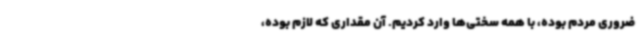
ضروری مردم بوده، با همه سختی‌ها وارد کردیم. آن مقداری که لازم بوده،